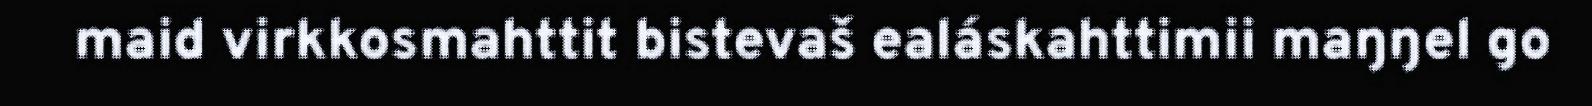
maid virkkosmahttit bistevaš ealáskahttimii maŋŋel go